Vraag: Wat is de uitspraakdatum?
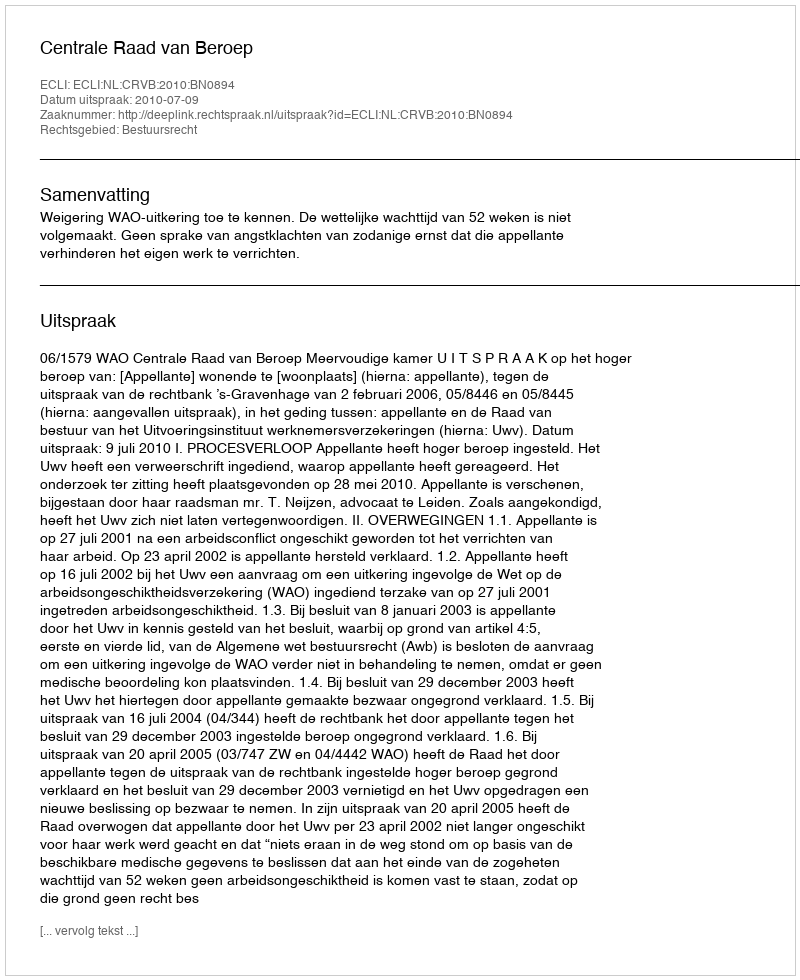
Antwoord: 2010-07-09